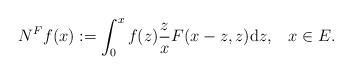
LaTeX: \begin{align*} N^Ff(x):= \int_0^x f(z) \frac {z}{x} F(x-z, z)\mathrm{d}z,\;\;\; x\in E.\end{align*}